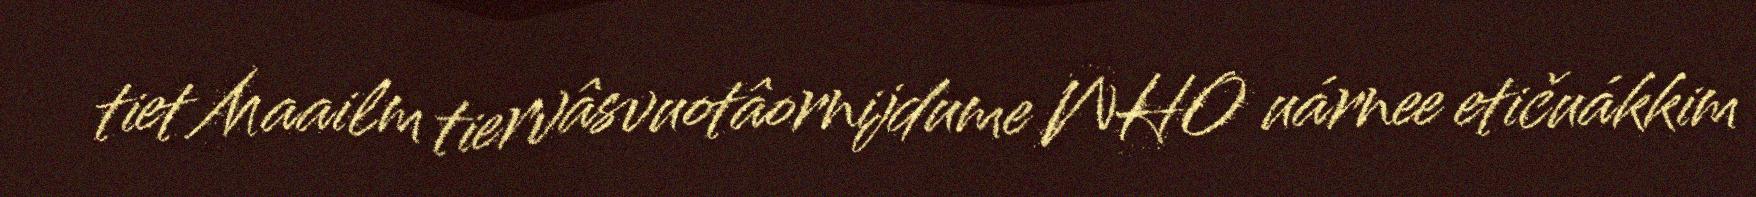
tiet Maailm tiervâsvuotâornijdume WHO uárnee etičuákkim